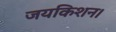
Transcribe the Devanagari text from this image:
जयकिशन।